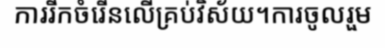
ការរីកចំរើនលើគ្រប់វិស័យ។ការចូលរួម